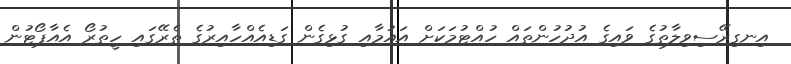
އިނގިރޭސިވިލާތުގެ ވައިގެ އުދުހުންތައް ހުއްޓުމަކަށް އައުމާއި ގުޅިގެން ގަޑިއެއްހާއިރުގެ ތެރޭގައި ހީތުރޯ އެއާޕޯޓުން